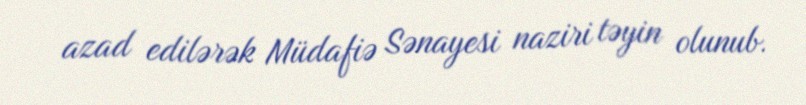
azad edilərək Müdafiə Sənayesi naziri təyin olunub.